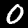
Digit: 0